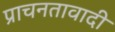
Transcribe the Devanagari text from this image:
प्राचनतावादी